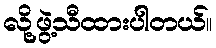
လို့ဖွဲ့သီထားပါတယ်။